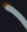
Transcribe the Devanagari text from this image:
ॱ